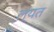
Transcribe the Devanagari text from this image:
ल्यत